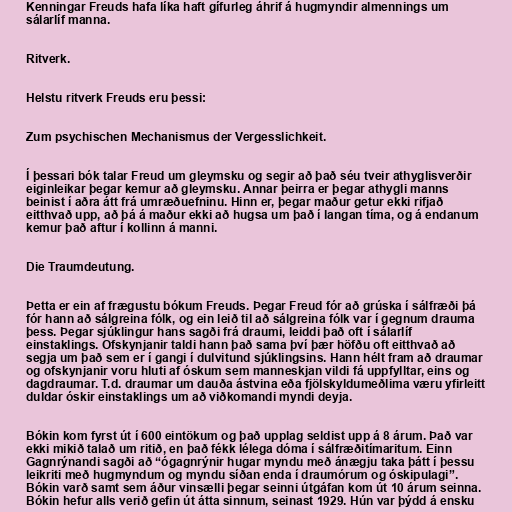
Kenningar Freuds hafa líka haft gífurleg áhrif á hugmyndir almennings um
sálarlíf manna.

Ritverk.

Helstu ritverk Freuds eru þessi:

Zum psychischen Mechanismus der Vergesslichkeit.

Í þessari bók talar Freud um gleymsku og segir að það séu tveir athyglisverðir
eiginleikar þegar kemur að gleymsku. Annar þeirra er þegar athygli manns
beinist í aðra átt frá umræðuefninu. Hinn er, þegar maður getur ekki rifjað
eitthvað upp, að þá á maður ekki að hugsa um það í langan tíma, og á endanum
kemur það aftur í kollinn á manni.

Die Traumdeutung.

Þetta er ein af frægustu bókum Freuds. Þegar Freud fór að grúska í sálfræði þá
fór hann að sálgreina fólk, og ein leið til að sálgreina fólk var í gegnum drauma
þess. Þegar sjúklingur hans sagði frá draumi, leiddi það oft í sálarlíf
einstaklings. Ofskynjanir taldi hann það sama því þær höfðu oft eitthvað að
segja um það sem er í gangi í dulvitund sjúklingsins. Hann hélt fram að draumar
og ofskynjanir voru hluti af óskum sem manneskjan vildi fá uppfylltar, eins og
dagdraumar. T.d. draumar um dauða ástvina eða fjölskyldumeðlima væru yfirleitt
duldar óskir einstaklings um að viðkomandi myndi deyja.

Bókin kom fyrst út í 600 eintökum og það upplag seldist upp á 8 árum. Það var
ekki mikið talað um ritið, en það fékk lélega dóma í sálfræðitímaritum. Einn
Gagnrýnandi sagði að “ógagnrýnir hugar myndu með ánægju taka þátt í þessu
leikriti með hugmyndum og myndu síðan enda í draumórum og óskipulagi”.
Bókin varð samt sem áður vinsælli þegar seinni útgáfan kom út 10 árum seinna.
Bókin hefur alls verið gefin út átta sinnum, seinast 1929. Hún var þýdd á ensku